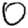
Digit: 0